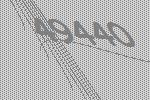
49440